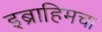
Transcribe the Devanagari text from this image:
इब्राहिमचा